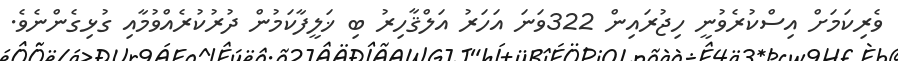
ވެރިކަމަށް އިސްކުރެވުނީ ހިޖުރައިން 322ވަނަ އަހަރު އަލްޤާހިރު ބި ޚަލީފާކަމުން ދުރުކުރެއްވުމާއި ގުޅިގެންނެވެ.